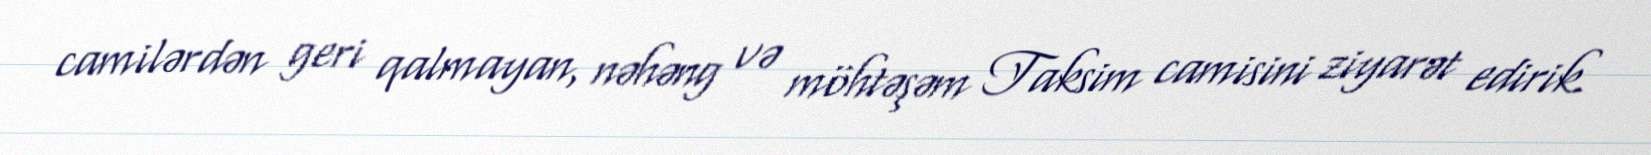
camilərdən geri qalmayan, nəhəng və möhtəşəm Taksim camisini ziyarət edirik.